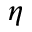
\eta